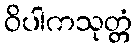
ဝိပါကသုတ္တံ